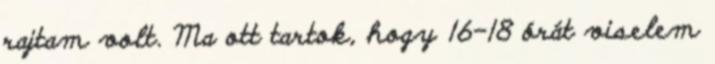
rajtam volt. Ma ott tartok, hogy 16-18 órát viselem